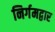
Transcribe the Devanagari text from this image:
निर्गमद्वार